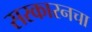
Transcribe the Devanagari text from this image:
सरकारनचा